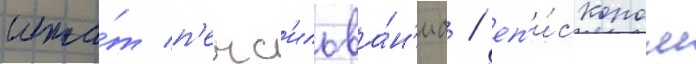
шта́т п'енс'ильва́н'иа / еп'и́скопом